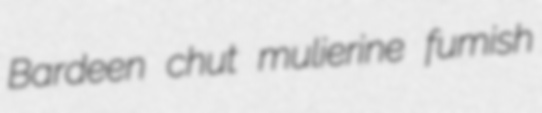
Bardeen chut mulierine fumish